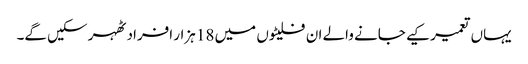
یہاں تعمیر کیے جانے والے ان فلیٹوں میں 18 ہزار افراد ٹھہر سکیں گے۔